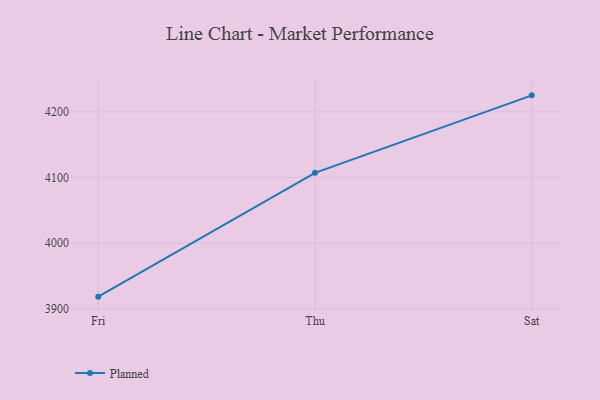
{"axis": {"x": "Day", "y": "LTV (USD)"}, "legend": ["Planned"], "data": [{"x": "Fri", "y": 3918.5, "type": "Planned"}, {"x": "Thu", "y": 4107.1, "type": "Planned"}, {"x": "Sat", "y": 4225.1, "type": "Planned"}]}